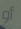
أو